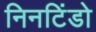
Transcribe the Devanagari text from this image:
निनटिंडो